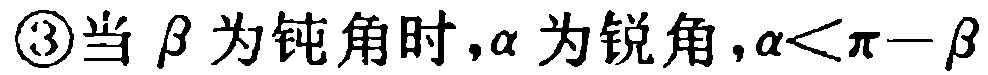
\textcircled{3}当 $\beta$ 为钝角时，$\alpha$ 为锐角，$\alpha<\pi - \beta$